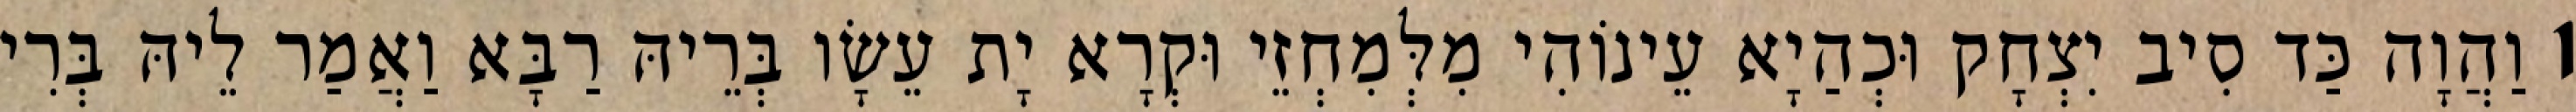
1 וַהֲוָה כַּד סִיב יִצְחָק וּכְהַיָא עֵינוֹהִי מִלְּמִחְזֵי וּקְרָא יָת עֵשָׂו בְּרֵיהּ רַבָּא וַאֲמַר לֵיהּ בְּרִי